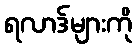
ရလာဒ်များကို